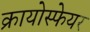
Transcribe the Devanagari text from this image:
क्रायोस्फेयर